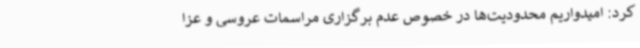
کرد: امیدواریم محدودیت‌ها در خصوص عدم برگزاری مراسمات عروسی و عزا